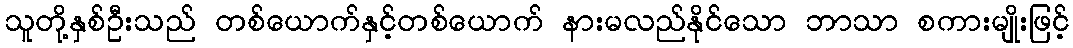
သူတို့နှစ်ဦးသည် တစ်ယောက်နှင့်တစ်ယောက် နားမလည်နိုင်သော ဘာသာ စကားမျိုးဖြင့်